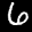
Digit: 6